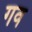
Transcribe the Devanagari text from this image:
गव